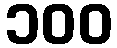
၁၀၀